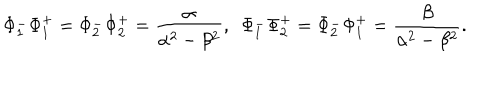
LaTeX: \Phi _ { 1 } ^ { - } \Phi _ { 1 } ^ { + } = \Phi _ { 2 } ^ { - } \Phi _ { 2 } ^ { + } = \frac { \alpha } { \alpha ^ { 2 } - \beta ^ { 2 } } , ~ ~ \Phi _ { 1 } ^ { - } \Phi _ { 2 } ^ { + } = \Phi _ { 2 } ^ { - } \Phi _ { 1 } ^ { + } = \frac { \beta } { \alpha ^ { 2 } - \beta ^ { 2 } } .